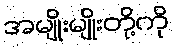
အမျိုးမျိုးတို့ကို